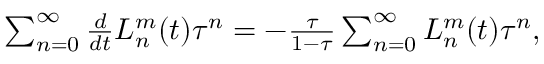
\begin{array} { r } { \sum _ { n = 0 } ^ { \infty } \frac { d } { d t } L _ { n } ^ { m } ( t ) \tau ^ { n } = - \frac { \tau } { 1 - \tau } \sum _ { n = 0 } ^ { \infty } L _ { n } ^ { m } ( t ) \tau ^ { n } , } \end{array}